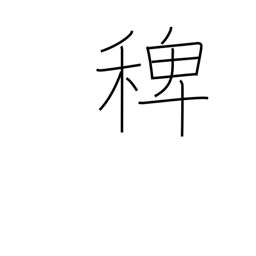
Meaning: deccan grass